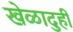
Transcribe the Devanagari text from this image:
खेळादुही